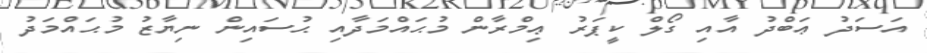
އަސަދު ޢަބްދު އާއި ގޯލް ކީޕަރު ޢިމްރާން މުޙައްމަދާއި ޙުސައިން ނިޔާޒު މުޙައްމަދު